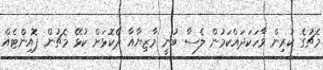
މެޗުގެ ކުރިން ވާހަކަދައްކަމުން ލެސާ ބުނީ މާޒިޔާއާ ދެކޮޅަށް ކުޅޭ މެޗުން ޕޮއިންޓެއް